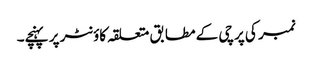
نمبر کی پرچی کے مطابق متعلقہ کاؤنٹر پر پہنچے۔